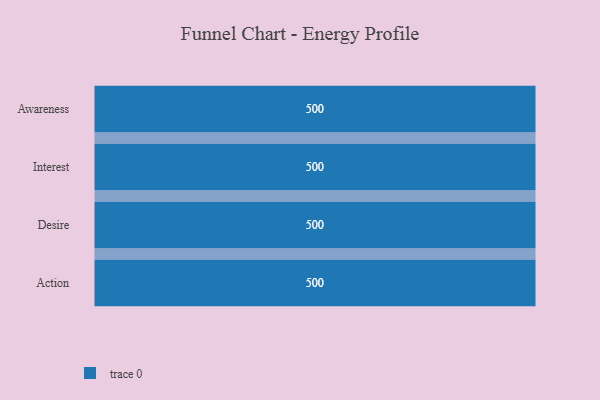
{"axis": {"x": "Stage", "y": "Value"}, "legend": [""], "data": [{"x": "Awareness", "y": 500, "type": ""}, {"x": "Interest", "y": 500, "type": ""}, {"x": "Desire", "y": 500, "type": ""}, {"x": "Action", "y": 500, "type": ""}]}